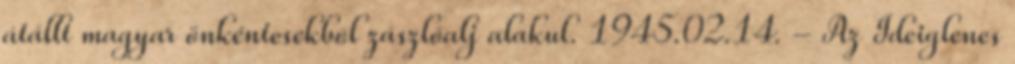
átállt magyar önkéntesekbõl zászlóalj alakul. 1945.02.14. - Az Ideiglenes